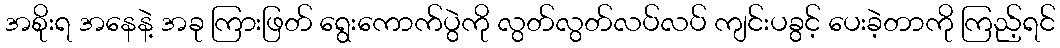
အစိုးရ အနေနဲ့ အခု ကြားဖြတ် ရွေးကောက်ပွဲကို လွတ်လွတ်လပ်လပ် ကျင်းပခွင့် ပေးခဲ့တာကို ကြည့်ရင်